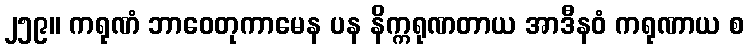
၂၅၉။ ကရုဏံ ဘာဝေတုကာမေန ပန နိက္ကရုဏတာယ အာဒီနဝံ ကရုဏာယ စ